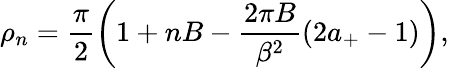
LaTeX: \rho_{n}=\frac{\pi}{2}\left(1+nB-\frac{2\pi B}{\beta^{2}}(2a_{+}-1)\right),